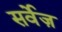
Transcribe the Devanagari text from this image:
सर्वेज़